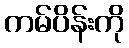
ကမ်ပိန်းကို